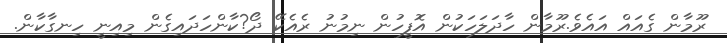
ރޫމާން ގެއައް އައެވެ.ރޫމާން ހާދަލަހަކުން އޮފީހުން ނިމުނު ރެއެކޭ ދޯ?ކާންހަދައިގެން މިއިނީ ހިނގާކާން.